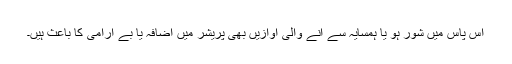
آس پاس میں شور ہو یا ہمسایہ سے آنے والی آوازیں بھی پریشر میں اضافہ یا بے آرامی کا باعث ہیں۔